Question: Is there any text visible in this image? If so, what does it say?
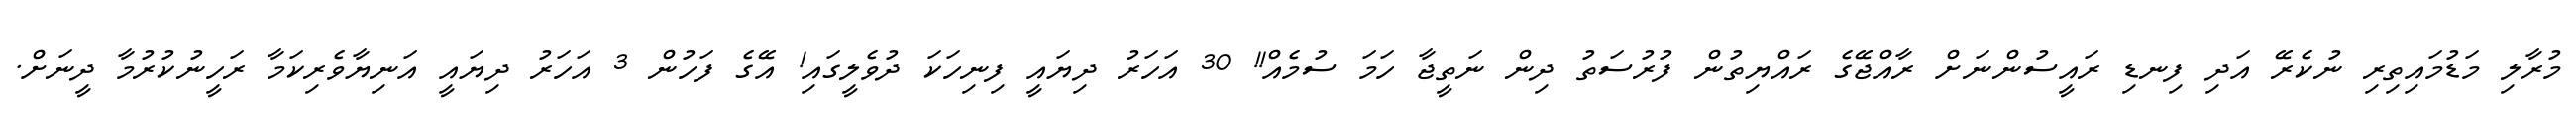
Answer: މުރާލި މަޑުމައިތިރި ނުކެރޭ އަދި ފިނޑި ރައީސުންނަށް ރާއްޖޭގެ ރައްޔިތުން ފުރުސަތު ދިން ނަތީޖާ ހަމަ ސުމެއް!! 30 އަހަރު ދިޔައީ ފިނިހަކަ ދުވެލީގައި! އޭގެ ފަހުން 3 އަހަރު ދިޔައީ އަނިޔާވެރިކަމާ ރަހީނުކުރުމާ ދީނަށް.